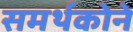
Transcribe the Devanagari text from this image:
समर्थकोने